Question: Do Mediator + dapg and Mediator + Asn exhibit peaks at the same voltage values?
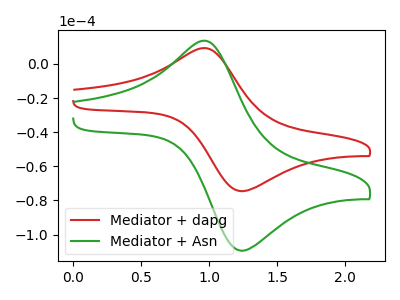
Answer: <think>The red curve "Mediator + dapg" has an anodic peak at (0.95V, 9.25uA) and a cathodic peak at (1.25V, -74.60uA). The green curve "Mediator + Asn" has an anodic peak at (0.95V, 13.60uA) and a cathodic peak at (1.25V, -109.55uA).</think>
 <answer>Yes, "Mediator + dapg" have a peak in "Mediator + Asn" at the same potential.</answer>
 <eval>match</eval>